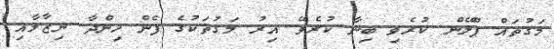
މަގުތައް ޕްލޭން ކުރެވި ބިނާ ކުރެވޭ އިރު މަގުތަކުގެ ފެން ހިންދާ ނިޒާމާއި